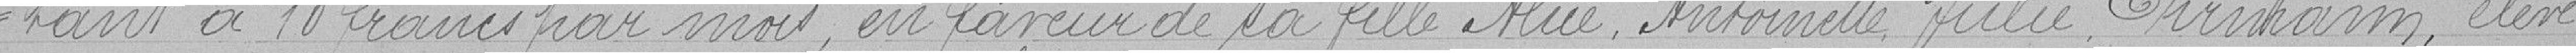
tant à 10 francs par mois, en faveur de sa fille Alice Antoinette Julie Ehrmann, élève